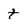
Character: t